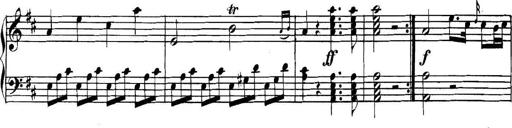
Title: Collected Piano Sonatas
Composer: Muzio Clementi